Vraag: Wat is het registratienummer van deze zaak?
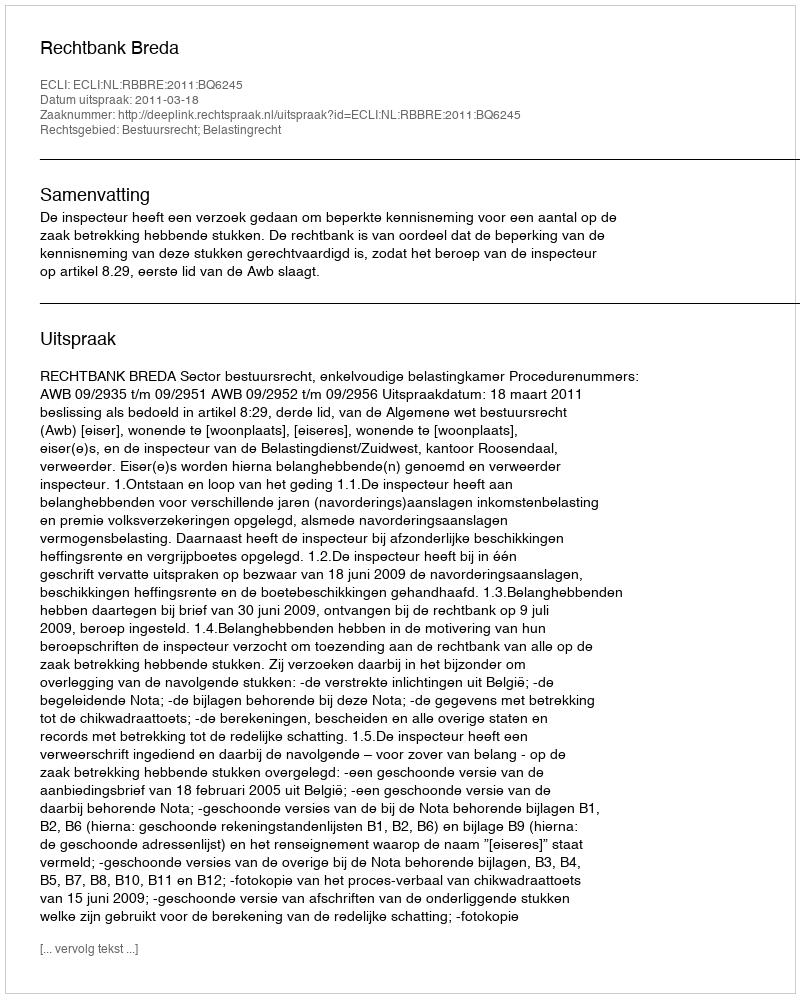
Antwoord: http://deeplink.rechtspraak.nl/uitspraak?id=ECLI:NL:RBBRE:2011:BQ6245